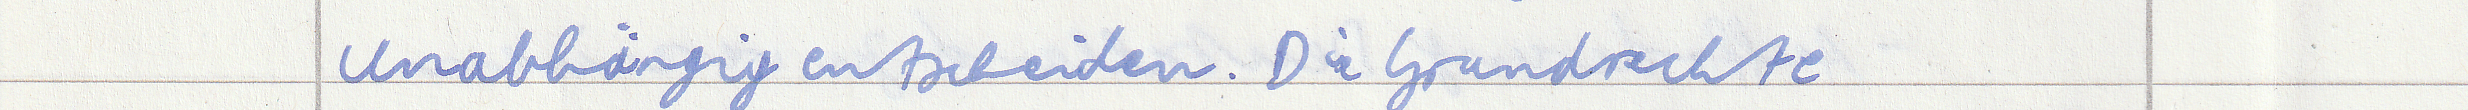
unabhängig entscheiden. Die Grundrechte